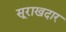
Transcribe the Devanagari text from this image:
सूराखदार